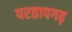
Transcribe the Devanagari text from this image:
परतापगढ़